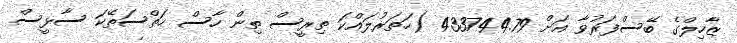
ޒާހިލްގެ ބޭސްފަރުވާ އަށް 433744.79 (ހަތަރުލައްކަ ތިރީސް ތިން ހާސް ހަތްސަތޭކަ ސާޅީސް